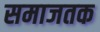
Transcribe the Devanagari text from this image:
समाजतक